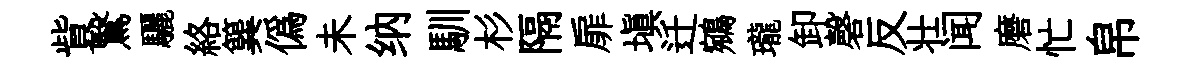
貲鷖驪絡簨僞未纳馴杉隔扉填迁鵷瓏卸磬反壮闻磨忙帛